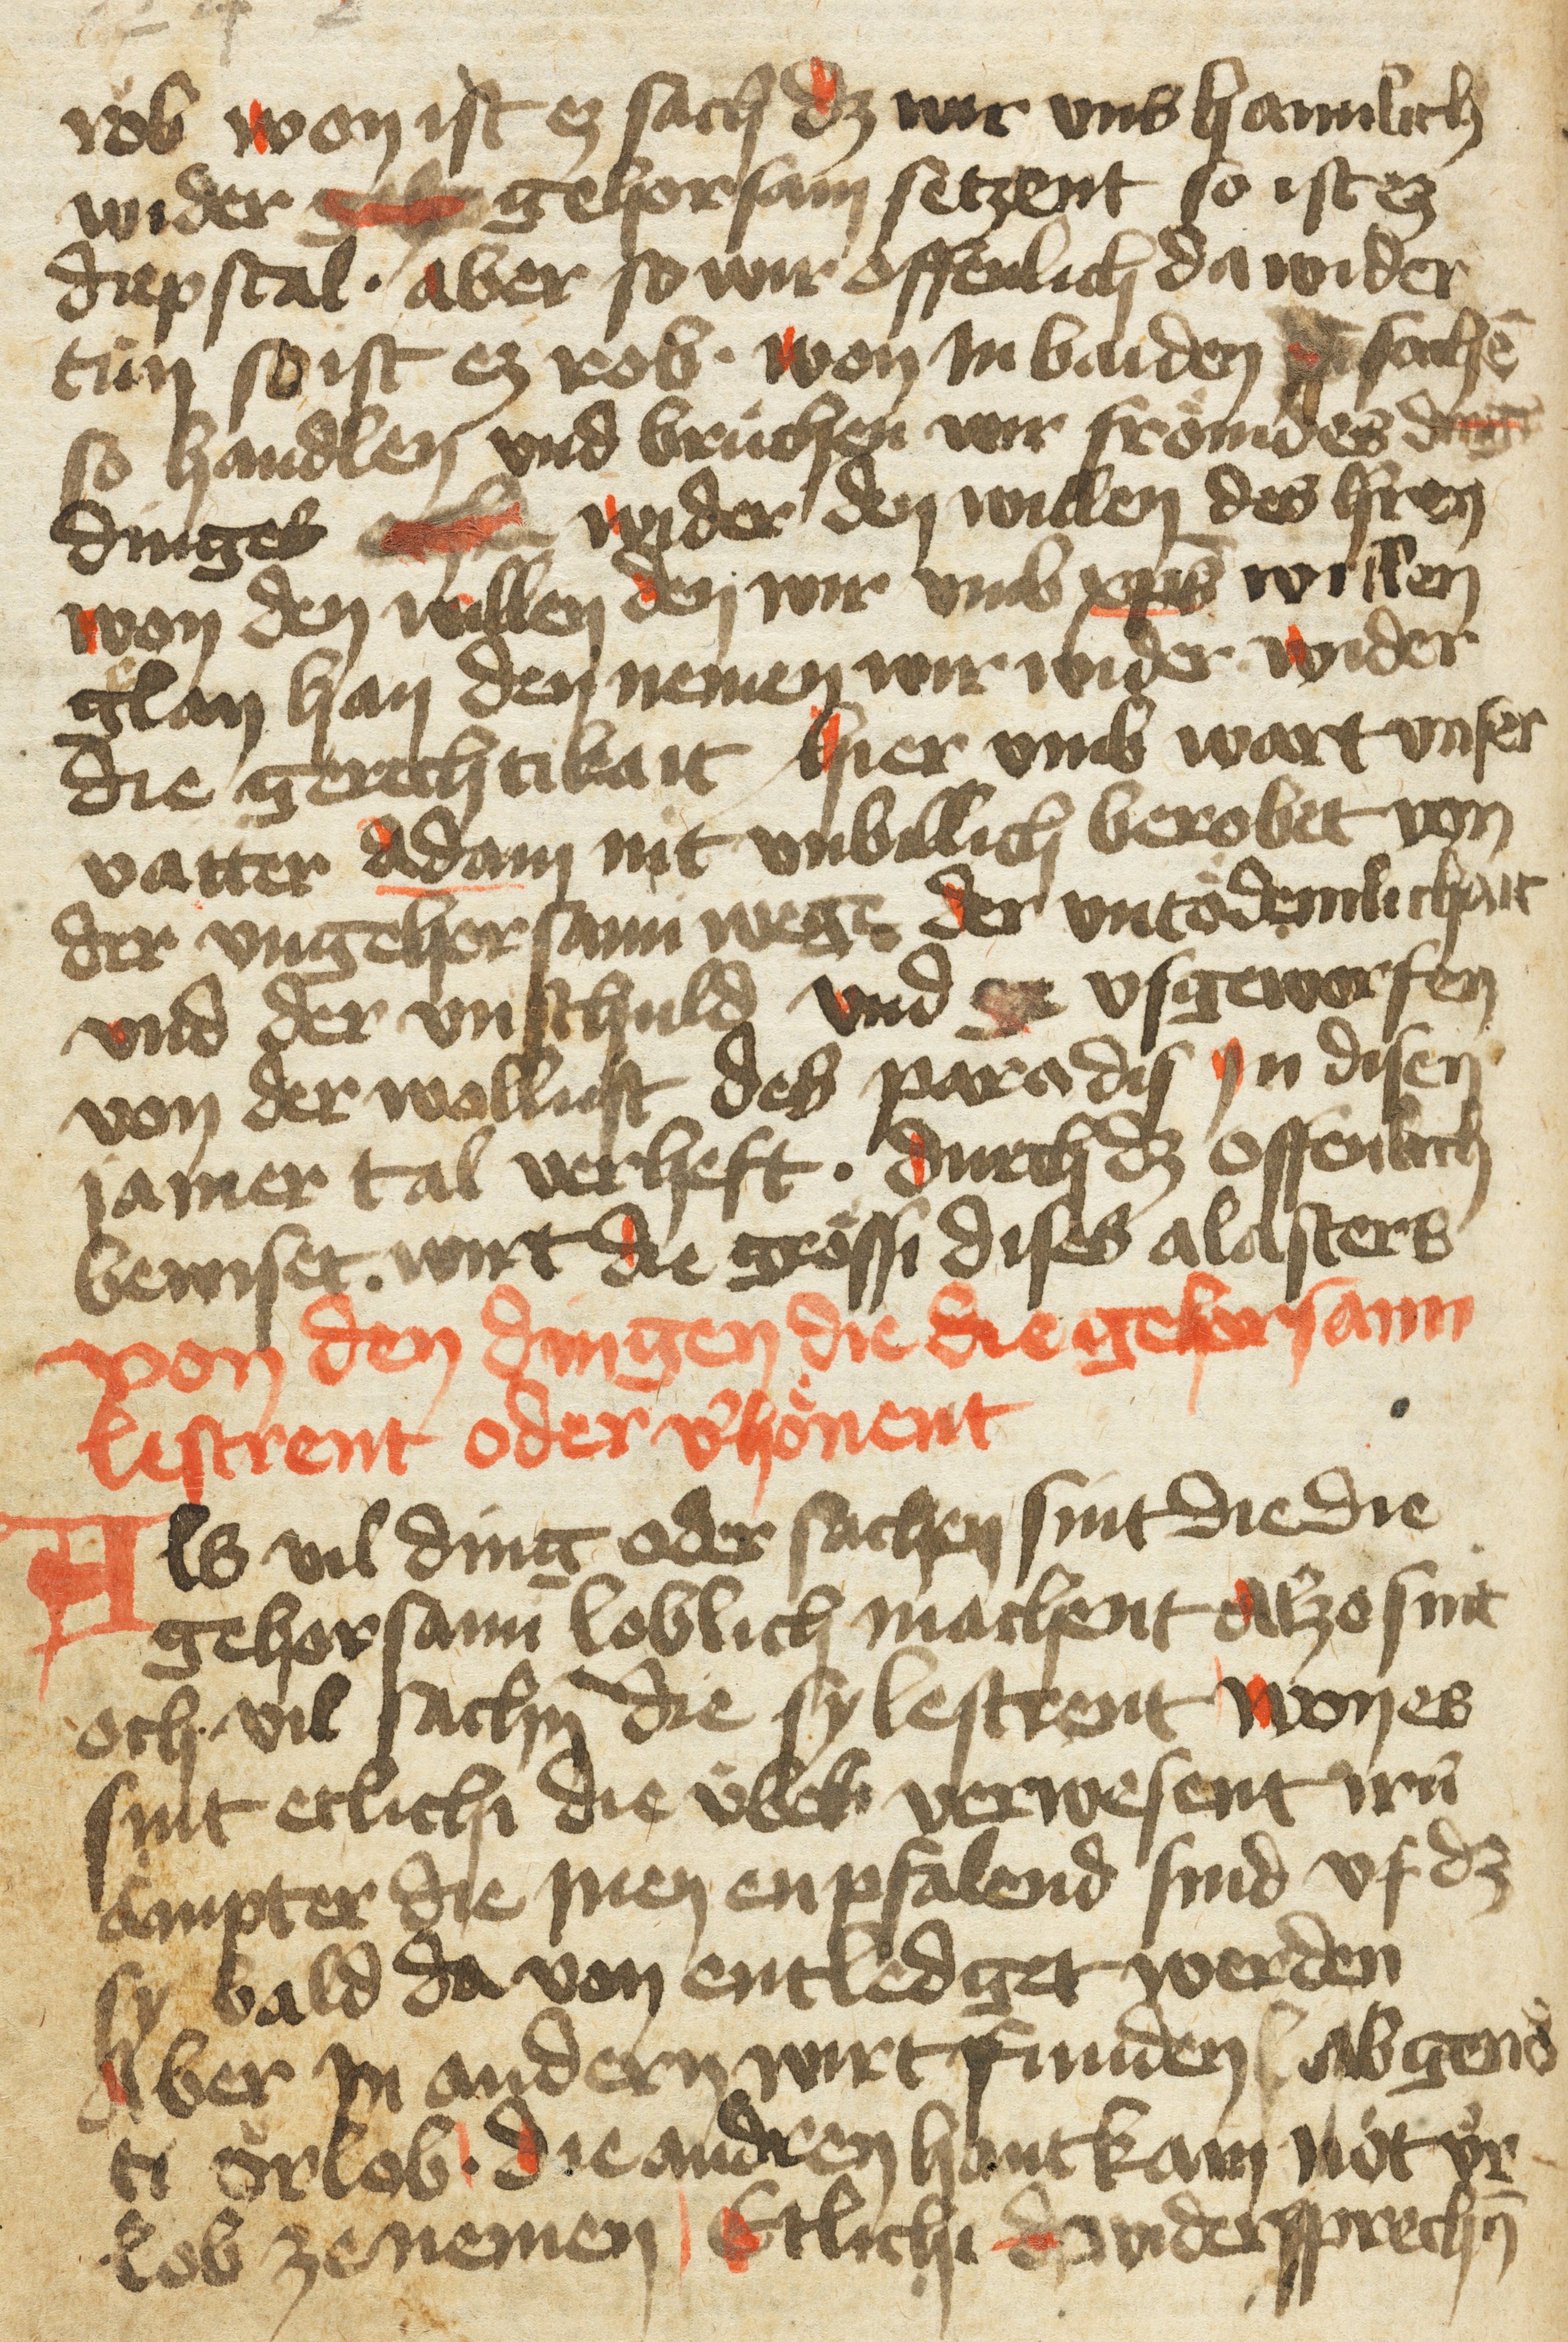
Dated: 1400–1499